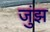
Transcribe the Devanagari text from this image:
जुंझ